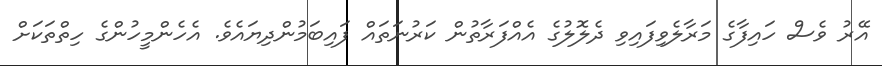
އޭރު ވެސް ހައިފާގެ މަރާލެވިފައިވި ދެލޮލުގެ އެއްފަރާތުން ކަރުނަތައް ފައިބަމުންދިޔައެވެ. އެހެންމީހުންގެ ހިތްތަކަށް